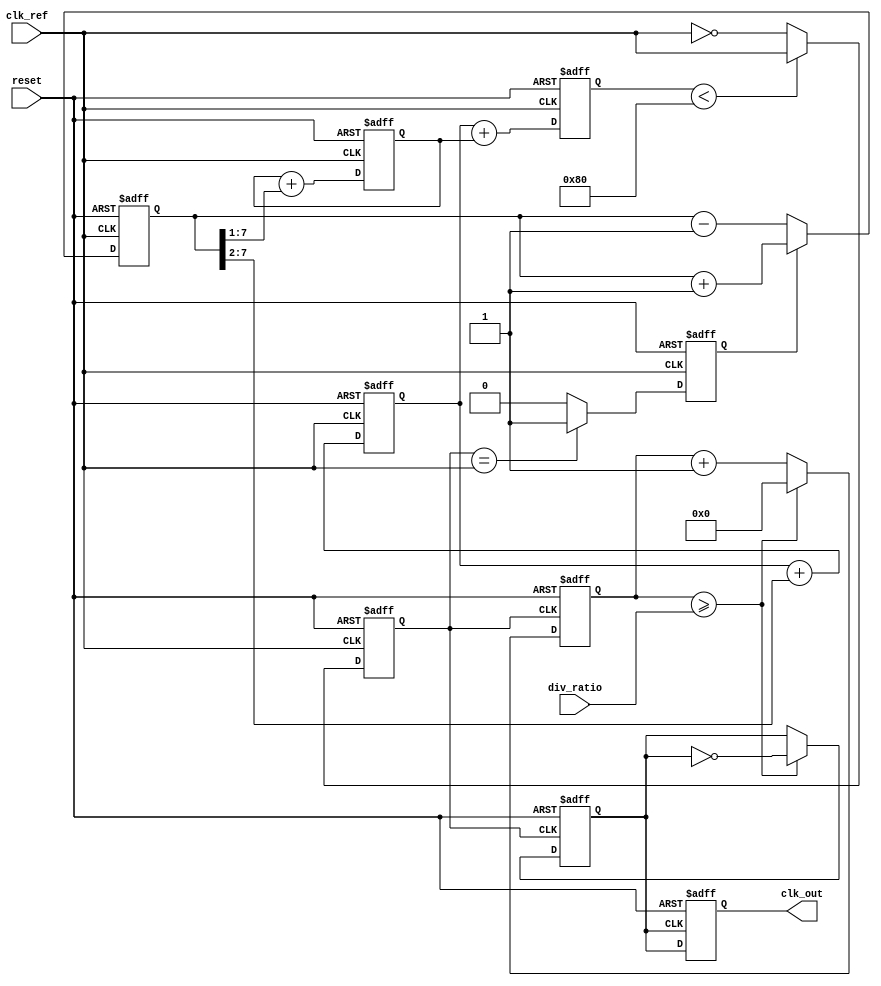
module dual_loop_pll (
    input wire clk_ref,        // Reference clock input
    input wire reset,          // Reset signal
    input wire [7:0] div_ratio, // Division ratio for the divider
    output reg clk_out         // Output clock
);

    // Phase Detector
    reg ph_detect;             // Phase detection result
    reg [7:0] phase_error;     // Phase error signal

    // Loop Filter for Inner and Outer Loop
    reg [7:0] inner_loop_filter; // Inner loop filter output
    reg [7:0] outer_loop_filter; // Outer loop filter output
    wire [7:0] control_voltage;   // Control voltage for the VCO

    // Voltage-Controlled Oscillator (VCO)
    reg [7:0] vco_freq;        // VCO frequency control
    reg vco_clk;               // VCO clock output

    // Divider
    reg [7:0] divider_count;   // Divider count
    reg clk_div;               // Divided clock

    // Control Logic
    reg lock_detected;         // Lock detection flag

    // Phase Detector Logic
    always @(posedge clk_ref or posedge reset) begin
        if (reset) begin
            ph_detect <= 0;
            phase_error <= 0;
        end else begin
            // Basic phase detection logic
            // In real applications, this can be a more complex phase frequency detector
            ph_detect <= (vco_clk == clk_ref) ? 1 : 0;
            phase_error <= ph_detect ? phase_error + 1 : phase_error - 1;
        end
    end

    // Inner Loop Filter
    always @(posedge clk_ref or posedge reset) begin
        if (reset) begin
            inner_loop_filter <= 0;
        end else begin
            // Simple first-order filter implementation
            inner_loop_filter <= inner_loop_filter + (phase_error >> 1); // Proportional term
        end
    end

    // Outer Loop Filter
    always @(posedge clk_ref or posedge reset) begin
        if (reset) begin
            outer_loop_filter <= 0;
        end else begin
            // Simple first-order filter implementation
            outer_loop_filter <= outer_loop_filter + (phase_error >> 2); // Proportional term
        end
    end

    // Voltage-Controlled Oscillator
    always @(posedge clk_ref or posedge reset) begin
        if (reset) begin
            vco_freq <= 0;
            vco_clk <= 0;
        end else begin
            // Adjust VCO frequency based on the control voltage
            vco_freq <= outer_loop_filter + inner_loop_filter; // Control flow
            // VCO output generation logic (frequency based on control voltage)
            vco_clk <= (vco_freq < 128) ? clk_ref : ~clk_ref; // Example toggle mechanism
        end
    end

    // Divider
    always @(posedge vco_clk or posedge reset) begin
        if (reset) begin
            divider_count <= 0;
            clk_div <= 0;
        end else begin
            divider_count <= divider_count + 1;
            if (divider_count >= div_ratio) begin
                divider_count <= 0;
                clk_div <= ~clk_div; // Toggle clock output
            end
        end
    end

    // Output Clock Logic
    always @(posedge clk_div or posedge reset) begin
        if (reset) begin
            clk_out <= 0;
        end else begin
            clk_out <= clk_div; // Final output
        end
    end

    // Lock Detection Logic
    always @(posedge clk_ref or posedge reset) begin
        if (reset) begin
            lock_detected <= 0;
        end else begin
            // Lock detection can be improved; this is a simplistic approach
            lock_detected <= (phase_error == 0) ? 1 : 0;
        end
    end

endmodule